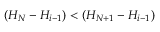
( H _ { N } - H _ { i - 1 } ) < ( H _ { N + 1 } - H _ { i - 1 } )